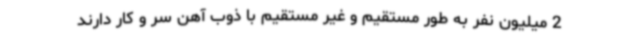
2 میلیون نفر به طور مستقیم و غیر مستقیم با ذوب آهن سر و کار دارند